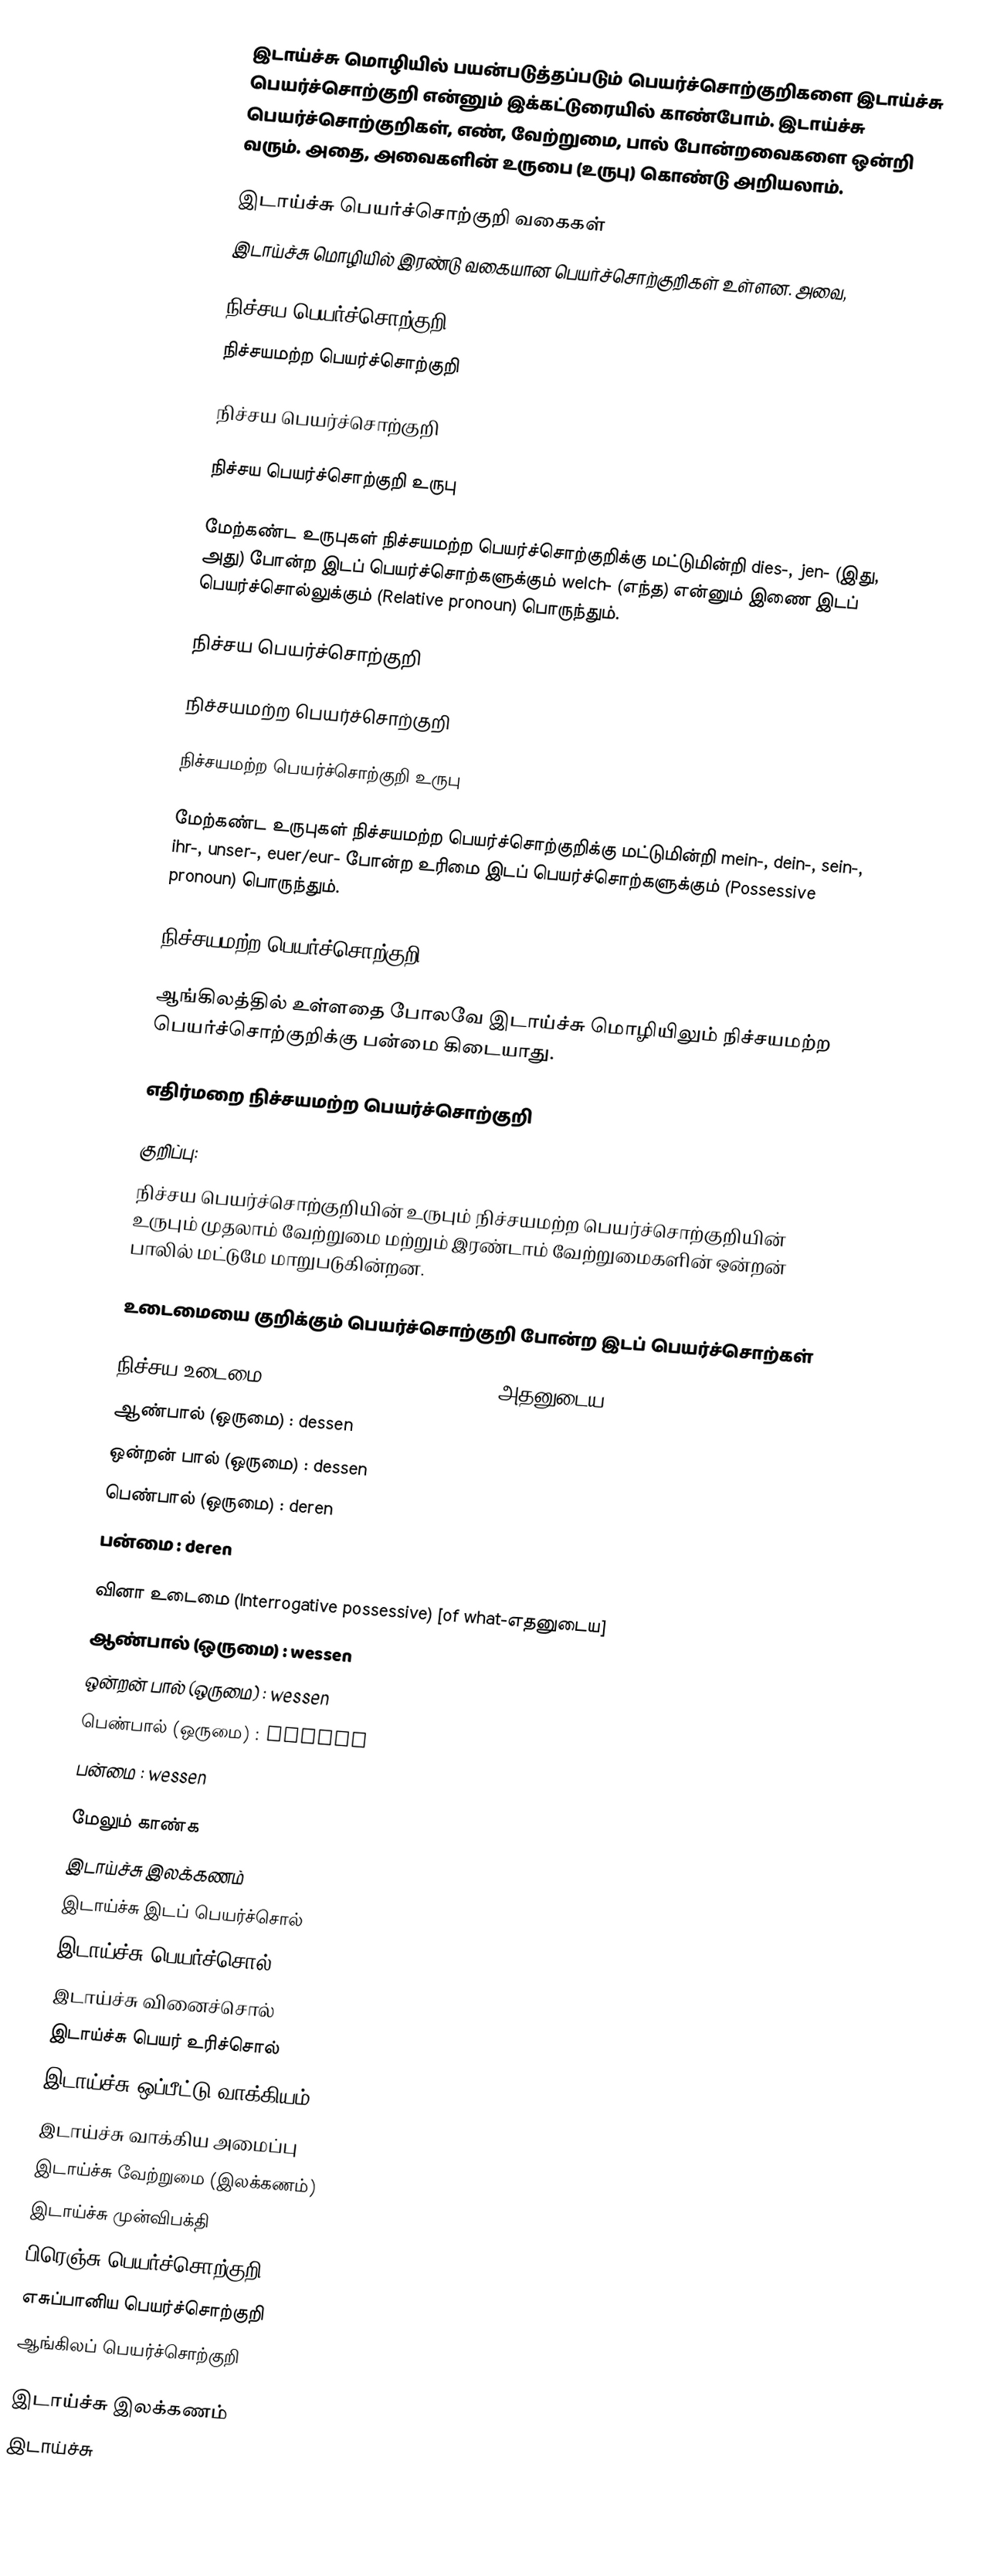
இடாய்ச்சு மொழியில் பயன்படுத்தப்படும் பெயர்ச்சொற்குறிகளை இடாய்ச்சு பெயர்ச்சொற்குறி என்னும் இக்கட்டுரையில் காண்போம். இடாய்ச்சு பெயர்ச்சொற்குறிகள், எண், வேற்றுமை, பால் போன்றவைகளை ஒன்றி வரும். அதை, அவைகளின் உருபை (உருபு) கொண்டு அறியலாம்.

இடாய்ச்சு பெயர்ச்சொற்குறி வகைகள்
இடாய்ச்சு மொழியில் இரண்டு வகையான பெயர்ச்சொற்குறிகள் உள்ளன. அவை,

 நிச்சய பெயர்ச்சொற்குறி
 நிச்சயமற்ற பெயர்ச்சொற்குறி

நிச்சய பெயர்ச்சொற்குறி

நிச்சய பெயர்ச்சொற்குறி உருபு

மேற்கண்ட உருபுகள் நிச்சயமற்ற பெயர்ச்சொற்குறிக்கு மட்டுமின்றி dies-, jen- (இது, அது) போன்ற இடப் பெயர்ச்சொற்களுக்கும் welch- (எந்த) என்னும் இணை இடப் பெயர்ச்சொல்லுக்கும் (Relative pronoun) பொருந்தும்.

நிச்சய பெயர்ச்சொற்குறி

நிச்சயமற்ற பெயர்ச்சொற்குறி

நிச்சயமற்ற பெயர்ச்சொற்குறி உருபு

மேற்கண்ட உருபுகள் நிச்சயமற்ற பெயர்ச்சொற்குறிக்கு மட்டுமின்றி mein-, dein-, sein-, ihr-, unser-, euer/eur- போன்ற உரிமை இடப் பெயர்ச்சொற்களுக்கும் (Possessive pronoun) பொருந்தும்.

நிச்சயமற்ற பெயர்ச்சொற்குறி

ஆங்கிலத்தில் உள்ளதை போலவே இடாய்ச்சு மொழியிலும் நிச்சயமற்ற பெயர்ச்சொற்குறிக்கு பன்மை கிடையாது.

எதிர்மறை நிச்சயமற்ற பெயர்ச்சொற்குறி

குறிப்பு:
நிச்சய பெயர்ச்சொற்குறியின் உருபும் நிச்சயமற்ற பெயர்ச்சொற்குறியின் உருபும் முதலாம் வேற்றுமை மற்றும் இரண்டாம் வேற்றுமைகளின் ஒன்றன் பாலில் மட்டுமே மாறுபடுகின்றன.

உடைமையை குறிக்கும் பெயர்ச்சொற்குறி போன்ற இடப் பெயர்ச்சொற்கள்

நிச்சய உடைமை (Definite possessive) [of the-அதனுடைய]
ஆண்பால் (ஒருமை) : dessen
ஒன்றன் பால் (ஒருமை) : dessen
பெண்பால் (ஒருமை) : deren
பன்மை : deren

வினா உடைமை (Interrogative possessive) [of what-எதனுடைய]
ஆண்பால் (ஒருமை) : wessen
ஒன்றன் பால் (ஒருமை) : wessen
பெண்பால் (ஒருமை) : wessen
பன்மை : wessen

மேலும் காண்க
இடாய்ச்சு இலக்கணம்
இடாய்ச்சு இடப் பெயர்ச்சொல்
இடாய்ச்சு பெயர்ச்சொல்
இடாய்ச்சு வினைச்சொல்
இடாய்ச்சு பெயர் உரிச்சொல்
இடாய்ச்சு ஒப்பீட்டு வாக்கியம்
இடாய்ச்சு வாக்கிய அமைப்பு
இடாய்ச்சு வேற்றுமை (இலக்கணம்)
இடாய்ச்சு முன்விபக்தி
பிரெஞ்சு பெயர்ச்சொற்குறி
எசுப்பானிய பெயர்ச்சொற்குறி
ஆங்கிலப் பெயர்ச்சொற்குறி

இடாய்ச்சு இலக்கணம்
இடாய்ச்சு